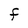
Character: F